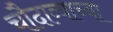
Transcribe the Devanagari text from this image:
चौदाव्याच्या